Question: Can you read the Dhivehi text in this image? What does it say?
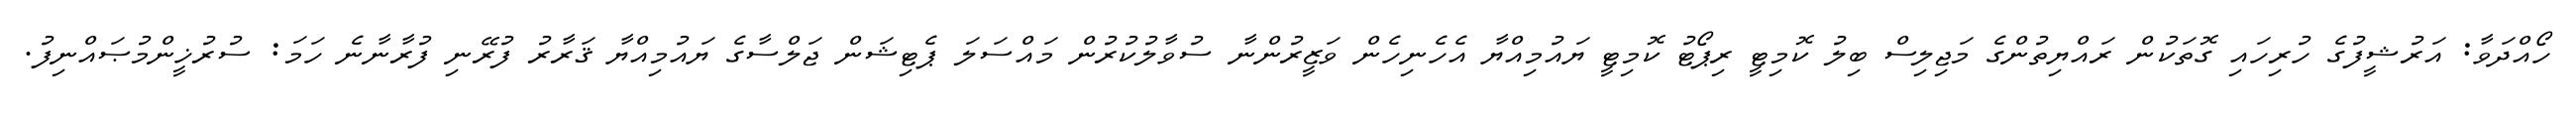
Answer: ހޯއްދަވާ: އަރުޝީފުގެ ހުރިހައި ގޮތަކުން ރައްޔިތުންގެ މަޖިލިސް ބިލު ކޮމިޓީ ރިޕޯޓު ކޮމިޓީ ޔައުމިއްޔާ އެހެނިހެން ވަޒީރުންނާ ސުވާލުކުރުން މައްސަލަ ޕެޓިޝަން ޖަލްސާގެ ޔައުމިއްޔާ ޤަރާރު ފުރޭނި ފުރާނާނެ ހަމަ: ސުރުޚީންމުޞައްނިފު.